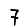
Digit: 7